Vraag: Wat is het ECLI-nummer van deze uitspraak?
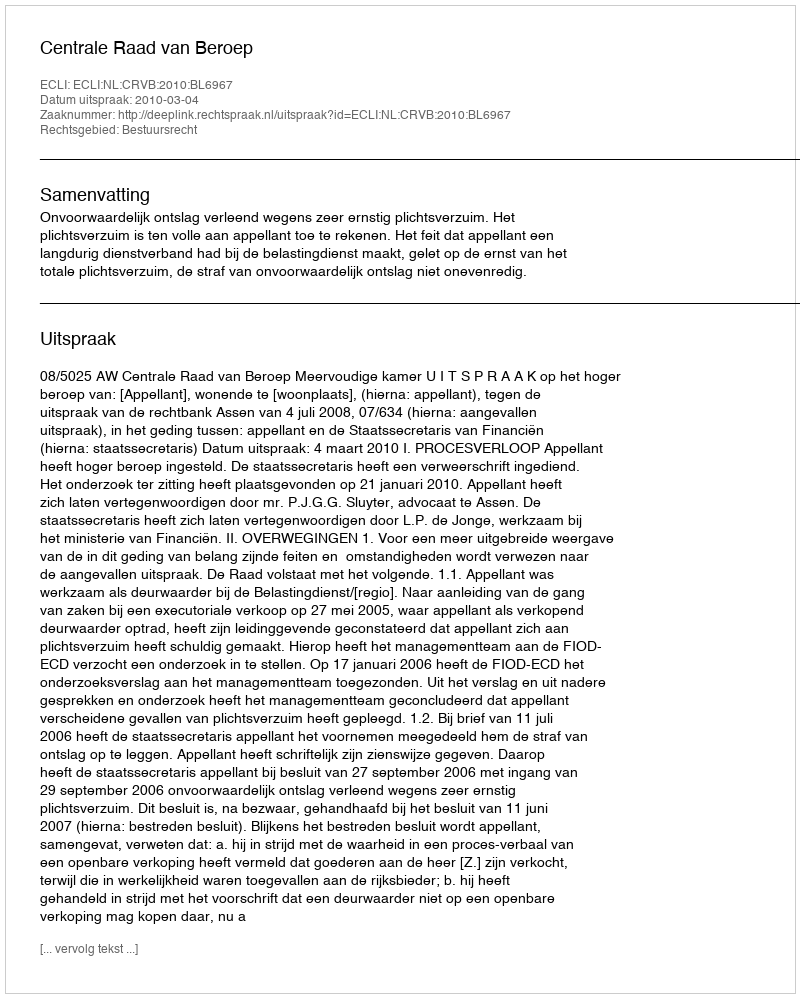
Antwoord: ECLI:NL:CRVB:2010:BL6967